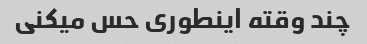
چند وقته اینطوری حس میکنی